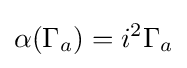
\alpha (\Gamma _{a})=i^{2}\Gamma _{a}